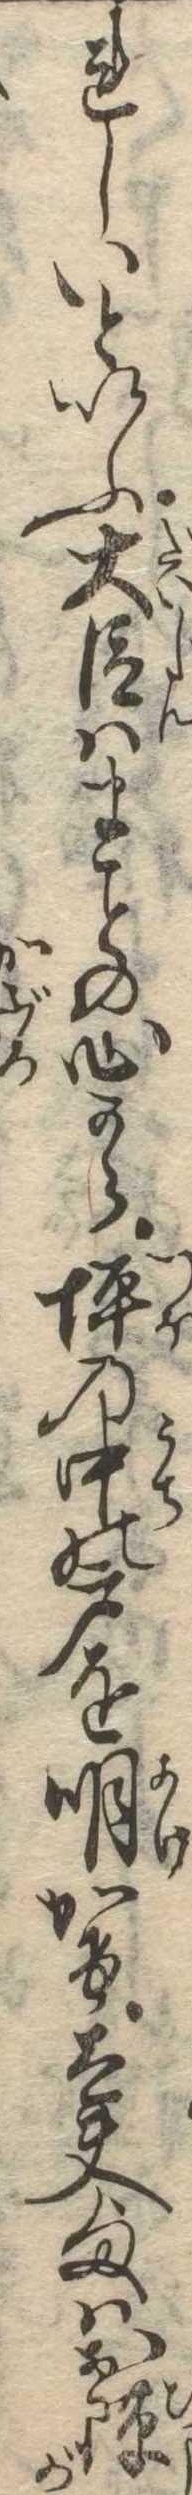
れしいといふ大臣はまの心から坪の中の戸を明かけ太夫様はお隙が